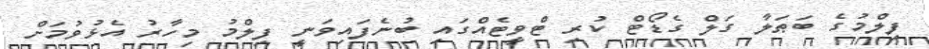
ފިލްމުގެ ބަޠަލާ ގަލް ގެޑޯޓް ކުރި ޓްވީޓެއްގައި ބުނެފައިވަނީ ފިލްމު މިހާރު އެޅުވުމަށް